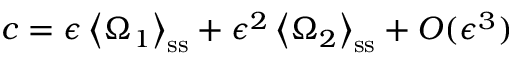
c = \epsilon \left\langle \Omega _ { 1 } \right\rangle _ { \mathrm { s s } } + \epsilon ^ { 2 } \left\langle \Omega _ { 2 } \right\rangle _ { \mathrm { s s } } + O ( \epsilon ^ { 3 } )